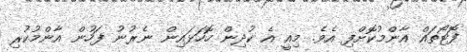
ފޮޓޯތައް އާންމުކޮށްފި އެވެ. މިއީ އެ ކުދިން ހޮހަޅައިން ނެރުނު ފަހުން އާންމުކުރި